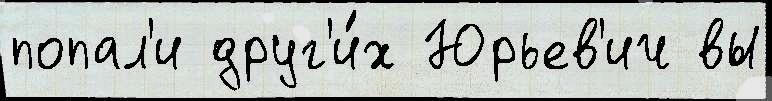
попал'и друг'и́х Юрьев'ич вы